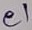
Text: e1